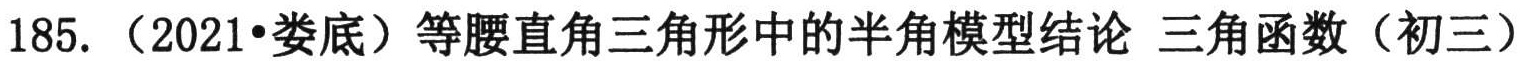
185. （2021•娄底）等腰直角三角形中的半角模型结论 三角函数（初三）